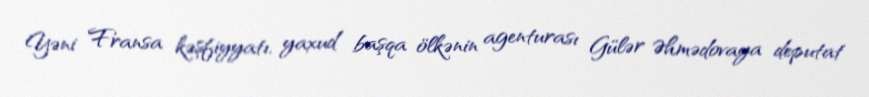
Yəni Fransa kəşfiyyatı, yaxud başqa ölkənin agenturası Gülər Əhmədovaya deputat